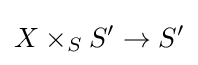
X\times _{S}S'\to S'